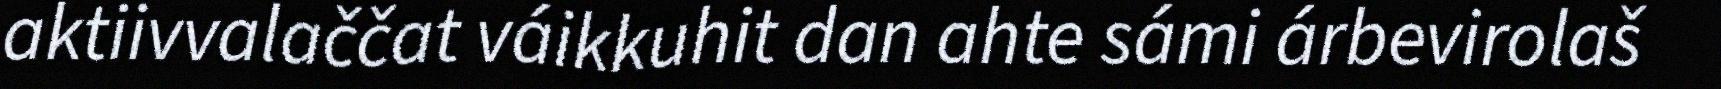
aktiivvalaččat váikkuhit dan ahte sámi árbevirolaš